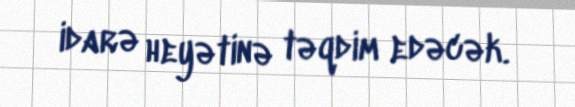
idarə heyətinə təqdim edəcək.